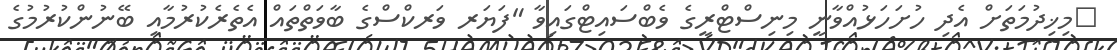
މިޚިދުމަތަށް އެދި ހުށަހަޅުއްވާނީ މިނިސްޓްރީގެ ވެބްސައިޓްގައިވާ "ފަޔަރ ވަރކްސްގެ ބާވަތްތައް އެތެރެކުރުމާއި ބޭނުންކުރުމުގެ